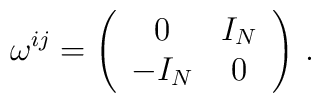
\omega^{ij}=\left( \begin{array}{cc} 0 & I_N \\ -I_N & 0 \end{array} \right) \,.